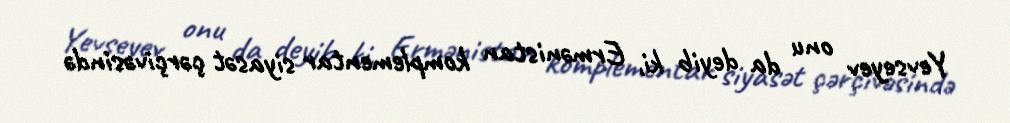
Yevseyev onu da deyib ki, Ermənistan komplementar siyasət çərçivəsində